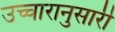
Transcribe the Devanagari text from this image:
उच्चारानुसारी